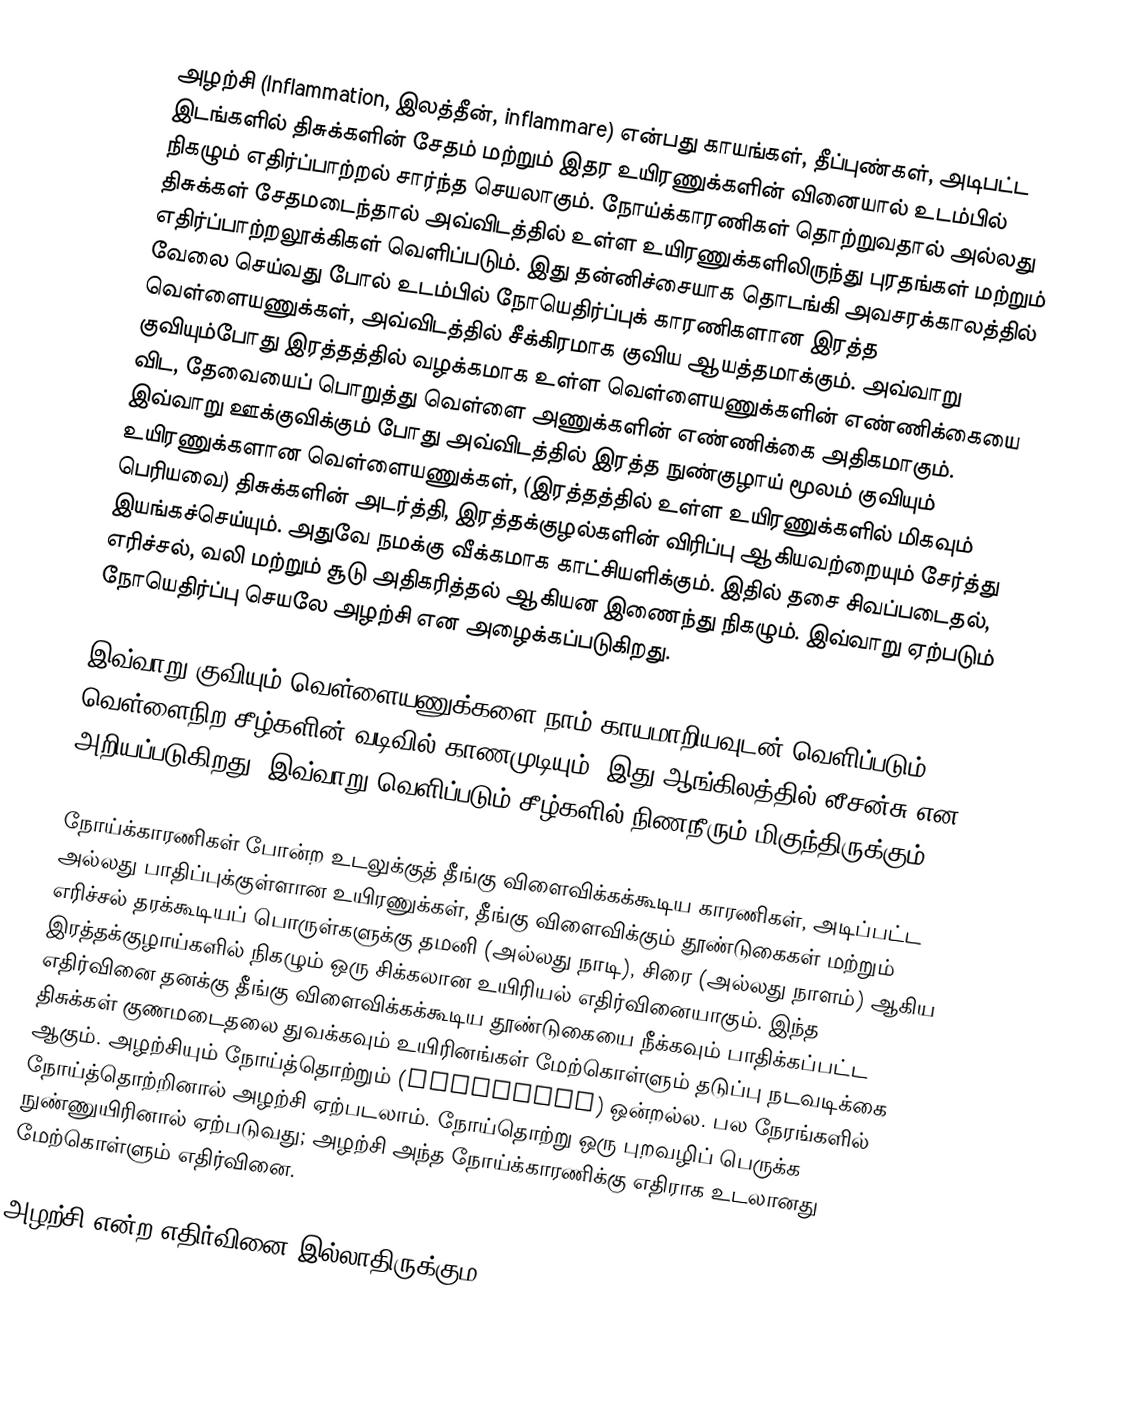
அழற்சி (Inflammation, இலத்தீன், inflammare) என்பது காயங்கள், தீப்புண்கள், அடிபட்ட இடங்களில் திசுக்களின் சேதம் மற்றும் இதர உயிரணுக்களின் வினையால் உடம்பில் நிகழும் எதிர்ப்பாற்றல் சார்ந்த செயலாகும். நோய்க்காரணிகள் தொற்றுவதால் அல்லது திசுக்கள் சேதமடைந்தால் அவ்விடத்தில் உள்ள உயிரணுக்களிலிருந்து புரதங்கள் மற்றும் எதிர்ப்பாற்றலூக்கிகள் வெளிப்படும். இது தன்னிச்சையாக தொடங்கி அவசரக்காலத்தில் வேலை செய்வது போல் உடம்பில் நோயெதிர்ப்புக் காரணிகளான இரத்த வெள்ளையணுக்கள், அவ்விடத்தில் சீக்கிரமாக குவிய ஆயத்தமாக்கும். அவ்வாறு குவியும்போது இரத்தத்தில் வழக்கமாக உள்ள வெள்ளையணுக்களின் எண்ணிக்கையை விட, தேவையைப் பொறுத்து வெள்ளை அணுக்களின் எண்ணிக்கை அதிகமாகும். இவ்வாறு ஊக்குவிக்கும் போது அவ்விடத்தில் இரத்த நுண்குழாய் மூலம் குவியும் உயிரணுக்களான வெள்ளையணுக்கள், (இரத்தத்தில் உள்ள உயிரணுக்களில் மிகவும் பெரியவை) திசுக்களின் அடர்த்தி, இரத்தக்குழல்களின் விரிப்பு ஆகியவற்றையும் சேர்த்து இயங்கச்செய்யும். அதுவே நமக்கு வீக்கமாக காட்சியளிக்கும். இதில் தசை சிவப்படைதல், எரிச்சல், வலி மற்றும் சூடு அதிகரித்தல் ஆகியன இணைந்து நிகழும். இவ்வாறு ஏற்படும் நோயெதிர்ப்பு செயலே அழற்சி என அழைக்கப்படுகிறது.

இவ்வாறு குவியும் வெள்ளையணுக்களை நாம் காயமாறியவுடன் வெளிப்படும் வெள்ளைநிற சீழ்களின் வடிவில் காணமுடியும். இது ஆங்கிலத்தில் லீசன்சு என அறியப்படுகிறது. இவ்வாறு வெளிப்படும் சீழ்களில் நிணநீரும் மிகுந்திருக்கும்.

நோய்க்காரணிகள் போன்ற உடலுக்குத் தீங்கு விளைவிக்கக்கூடிய காரணிகள், அடிப்பட்ட அல்லது பாதிப்புக்குள்ளான உயிரணுக்கள், தீங்கு விளைவிக்கும் தூண்டுகைகள் மற்றும் எரிச்சல் தரக்கூடியப் பொருள்களுக்கு தமனி (அல்லது நாடி), சிரை (அல்லது நாளம்) ஆகிய இரத்தக்குழாய்களில் நிகழும் ஒரு சிக்கலான உயிரியல் எதிர்வினையாகும். இந்த எதிர்வினை தனக்கு தீங்கு விளைவிக்கக்கூடிய தூண்டுகையை நீக்கவும்  பாதிக்கப்பட்ட திசுக்கள் குணமடைதலை துவக்கவும்  உயிரினங்கள் மேற்கொள்ளும் தடுப்பு நடவடிக்கை ஆகும். அழற்சியும் நோய்த்தொற்றும் (infection) ஒன்றல்ல. பல நேரங்களில் நோய்த்தொற்றினால் அழற்சி ஏற்படலாம். நோய்தொற்று ஒரு புறவழிப் பெருக்க நுண்ணுயிரினால் ஏற்படுவது; அழற்சி அந்த நோய்க்காரணிக்கு எதிராக உடலானது மேற்கொள்ளும் எதிர்வினை.

அழற்சி என்ற எதிர்வினை இல்லாதிருக்கும